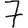
Digit: 7